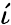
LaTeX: \acute{\iota}